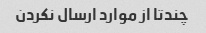
چندتا از موارد ارسال نکردن